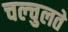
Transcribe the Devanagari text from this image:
चल्चुलते